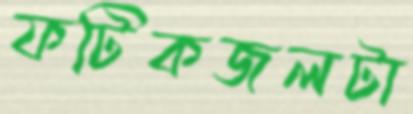
ফটিকজলটা